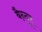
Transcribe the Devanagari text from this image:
बैन्दूर